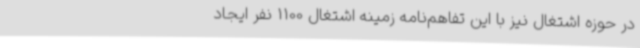
در حوزه اشتغال نیز با این تفاهم‌نامه زمینه اشتغال 1100 نفر ایجاد